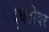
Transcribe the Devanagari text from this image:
पद्घतीवर